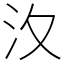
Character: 汷